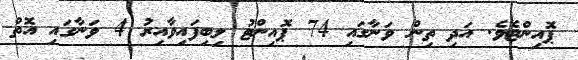
ޕޮއިންޓެވެ. އަދި ތިން ވަނާގައި 74 ޕޮއިންޓު ލިބިފައިވާއިރު 4 ވަނާގައި އޮތް